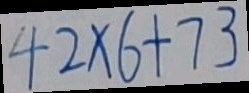
4 2 \times 6 + 7 3